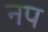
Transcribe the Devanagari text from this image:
नप